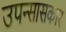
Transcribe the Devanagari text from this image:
उपन्सासकार